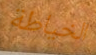
الخياطة